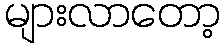
များလာတော့